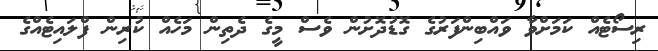
ރިސޯޓެއް ކަމަށްވާ ވައްބިންފަރުގެ ގޮޑުދޮށުން ވެސް މީގެ ދެތިން މަހެއް ކުރިން ފްލައިޓެއްގެ